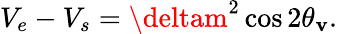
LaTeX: V_{e}-V_{s}=\deltam^{2}\cos{2\theta_{\mathbf{v}}}.